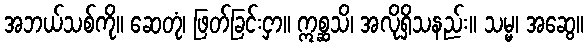
အဘယ်သစ်ကို။ ဆေတုံ၊ ဖြတ်ခြင်းငှာ။ ဣစ္ဆသိ၊ အလိုရှိသနည်း။ သမ္မ၊ အဆွေ။